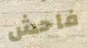
فاحش